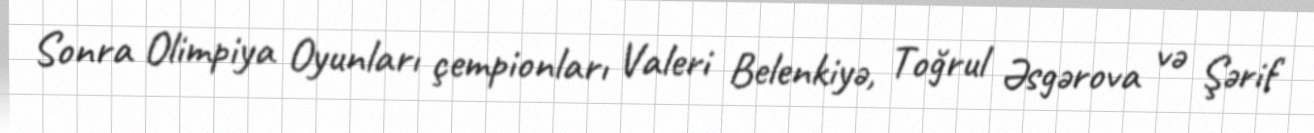
Sonra Olimpiya Oyunları çempionları Valeri Belenkiyə, Toğrul Əsgərova və Şərif